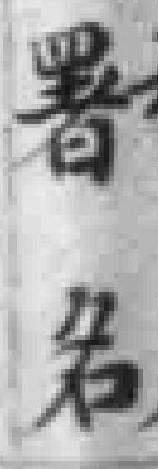
署名